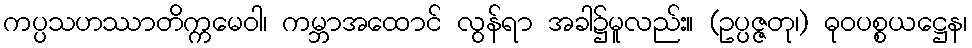
ကပ္ပသဟဿာတိက္ကမေဝါ၊ ကမ္ဘာအထောင် လွန်ရာ အခါ၌မူလည်း။ (ဥပ္ပဇ္ဇတု၊) ဓုဝပစ္စယဋ္ဌေန၊